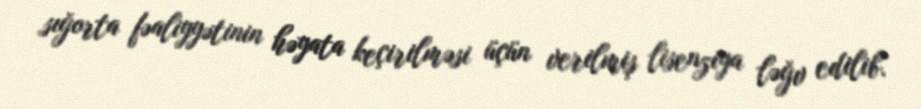
sığorta fəaliyyətinin həyata keçirilməsi üçün verilmiş lisenziya ləğv edilib.